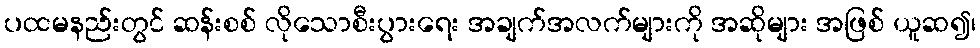
ပထမနည်းတွင် ဆန်းစစ် လိုသောစီးပွားရေး အချက်အလက်များကို အဆိုများ အဖြစ် ယူဆ၍၊